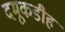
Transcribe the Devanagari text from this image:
दमूकडीह